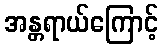
အန္တရာယ်ကြောင့်